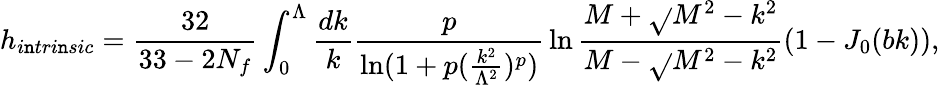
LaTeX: h_{i\mathtt{n}tri\mathtt{n}sic}={\frac{{32}}{{33-2N_{f}}}}\int_{0}^{\Lambda}{\frac{{dk}}{{k}}}{\frac{{p}}{{\ln(1+p({\frac{{k^{2}}}{{\Lambda^{2}}}})^{p})}}}\ln{\frac{{M+\sqrt{}{{M^{2}-k^{2}}}}}{{M-\sqrt{}{{M^{2}-k^{2}}}}}}(1-J_{0}(bk)),